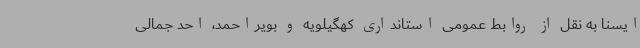
ایسنا به نقل از روابط عمومی استانداری کهگیلویه و بویراحمد، احد جمالی